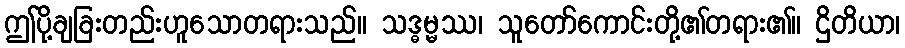
ဤပို့ချခြးတည်းဟူသောတရားသည်။ သဒ္ဓမ္မဿ၊ သူတော်ကောင်းတို့၏တရား၏။ ဌိတိယာ၊